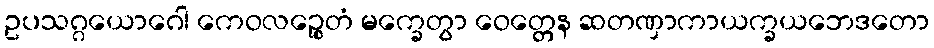
ဥပသဂ္ဂယောဂေါ ကေဝလဉ္စေတံ မက္ခေတွာ ဝေတ္တေန ဆတဏှာကာယက္ခယဘေဒတော